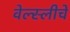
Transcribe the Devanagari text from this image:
वेल्स्लीचे